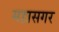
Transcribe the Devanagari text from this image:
महासगर